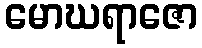
မောဃရာဇော